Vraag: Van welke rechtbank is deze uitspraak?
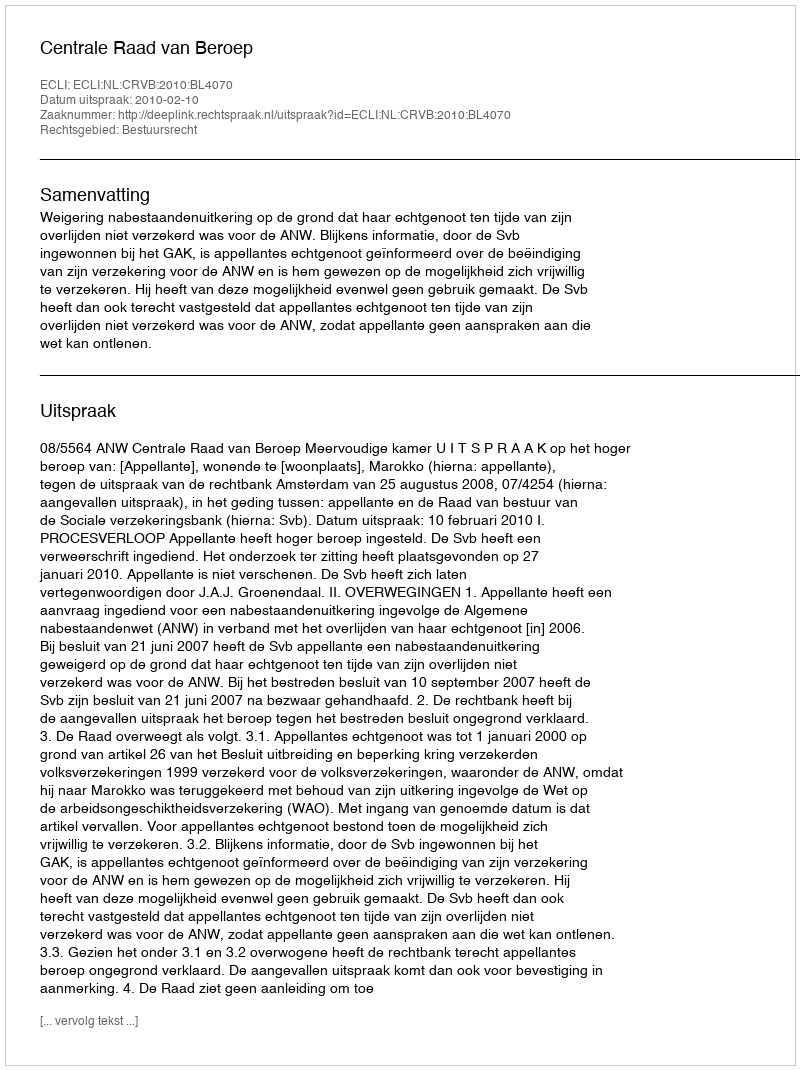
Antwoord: Centrale Raad van Beroep